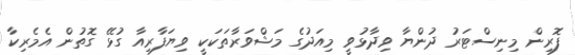
ފޮރިން މިނިސްޓަރު ދުންޔާ ވިދާޅުވީ މިއަދުގެ މަޝްވަރާތަކަކީ ވިޔަފާރިއާ ގުޅޭ ގޮތުން އެމެރިކާ